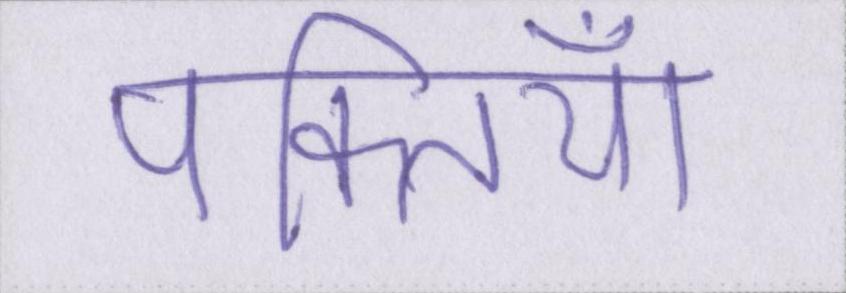
पंक्तियाँ